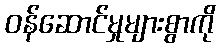
ဝန်ဆောင်မှုများစွာကို